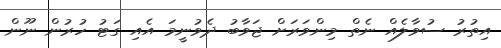
އިތުރު ސުވާލެއް ނެތް މިންވަރަށް ޖަވާބު ދެވުނީމަ އެއި ގަޓު ހުރުން ނޫން